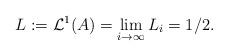
LaTeX: \begin{align*}L:=\mathcal L^1(A) =\lim_{i\to\infty}L_i=1/2.\end{align*}